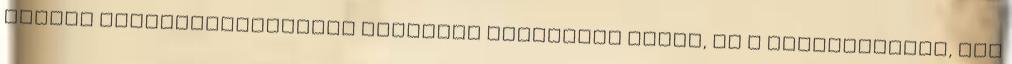
valódi zeneszerkesztésre alkalmas szoftvert kapsz, ha a számítógéped, nem